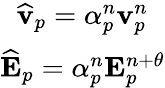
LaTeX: \begin{array}{c}{\widehat{\mathbf{v}}_{p}={\alpha}_{p}^{n}\mathbf{v}_{p}^{n}}\\ {\widehat{\mathbf{E}}_{p}={\alpha}_{p}^{n}\mathbf{E}_{p}^{n+\theta}}\end{array}